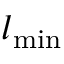
l _ { \mathrm { m i n } }